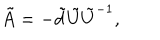
LaTeX: \tilde { A } = - \tilde { d } \tilde { U } { \tilde { U } } ^ { - 1 } ,